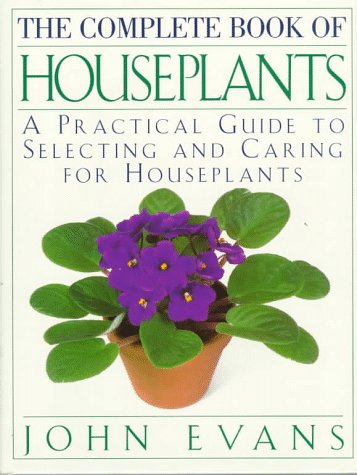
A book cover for The Complete Book of House Plants: A Practical Guide to Selecting and Caring for Houseplants; John Evans; Crafts, Hobbies & Home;